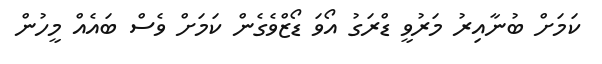
ކަމަށް ބުނާއިރު މަރުވީ ޑްރަގު އޯވަ ޑޯޒްވެގެން ކަމަށް ވެސް ބައެއް މީހުން